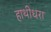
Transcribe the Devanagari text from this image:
हाथीधरा